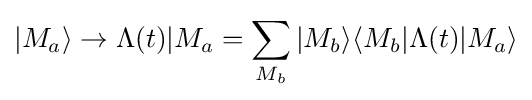
|M_{a}\rangle \rightarrow \Lambda (t)|M_{a}=\sum _{M_{b}}|M_{b}\rangle \langle M_{b}|\Lambda (t)|M_{a}\rangle